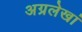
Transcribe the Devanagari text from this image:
अग्रलेखां